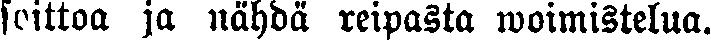
soittoa ja nähdä reipasta woimistelua.